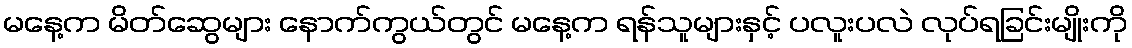
မနေ့က မိတ်ဆွေများ နောက်ကွယ်တွင် မနေ့က ရန်သူများနှင့် ပလူးပလဲ လုပ်ရခြင်းမျိုးကို